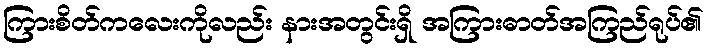
ကြားစိတ်ကလေးကိုလည်း နားအတွင်းရှိ အကြားဓာတ်အကြည်ရုပ်၏